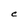
Character: C